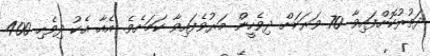
ދަތުރުކޮށްފައިވާ 70 ވަރަކަށް ދިވެހީން މަރުވެފައިވާ ކަމަށެވެ. އެއާ އެކު ދިވެހި 400